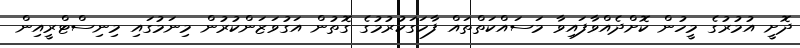
ދޮށީ އުމުރުގެ މީހުން ކޮށްދެއްވާފައިވާ މަސައްކަތްތައް ފާހަގަކުރުމުގެ ގޮތުން އަގުވަޒަންކުރުން މިނަމުގައި މިނިސްޓްރީއިން